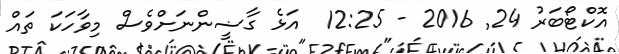
އޮކްޓޯބަރު 24